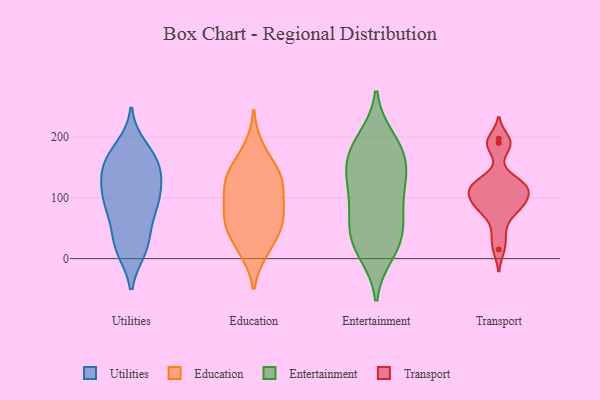
{"axis": {"x": "Churn Rate (%)", "y": "Value"}, "legend": ["Education", "Entertainment", "Transport", "Utilities"], "data": [{"x": "", "y": 165, "type": "Utilities"}, {"x": "", "y": 145, "type": "Utilities"}, {"x": "", "y": 183, "type": "Utilities"}, {"x": "", "y": 15, "type": "Utilities"}, {"x": "", "y": 137, "type": "Utilities"}, {"x": "", "y": 117, "type": "Utilities"}, {"x": "", "y": 145, "type": "Utilities"}, {"x": "", "y": 102, "type": "Utilities"}, {"x": "", "y": 113, "type": "Utilities"}, {"x": "", "y": 76, "type": "Utilities"}, {"x": "", "y": 160, "type": "Utilities"}, {"x": "", "y": 171, "type": "Utilities"}, {"x": "", "y": 33, "type": "Utilities"}, {"x": "", "y": 16, "type": "Utilities"}, {"x": "", "y": 21, "type": "Utilities"}, {"x": "", "y": 85, "type": "Utilities"}, {"x": "", "y": 94, "type": "Utilities"}, {"x": "", "y": 71, "type": "Utilities"}, {"x": "", "y": 140, "type": "Education"}, {"x": "", "y": 55, "type": "Education"}, {"x": "", "y": 116, "type": "Education"}, {"x": "", "y": 14, "type": "Education"}, {"x": "", "y": 17, "type": "Education"}, {"x": "", "y": 68, "type": "Education"}, {"x": "", "y": 122, "type": "Education"}, {"x": "", "y": 146, "type": "Education"}, {"x": "", "y": 80, "type": "Education"}, {"x": "", "y": 51, "type": "Education"}, {"x": "", "y": 136, "type": "Education"}, {"x": "", "y": 100, "type": "Education"}, {"x": "", "y": 181, "type": "Education"}, {"x": "", "y": 60, "type": "Education"}, {"x": "", "y": 177, "type": "Entertainment"}, {"x": "", "y": 196, "type": "Entertainment"}, {"x": "", "y": 102, "type": "Entertainment"}, {"x": "", "y": 27, "type": "Entertainment"}, {"x": "", "y": 162, "type": "Entertainment"}, {"x": "", "y": 10, "type": "Entertainment"}, {"x": "", "y": 63, "type": "Entertainment"}, {"x": "", "y": 188, "type": "Entertainment"}, {"x": "", "y": 23, "type": "Entertainment"}, {"x": "", "y": 145, "type": "Entertainment"}, {"x": "", "y": 39, "type": "Entertainment"}, {"x": "", "y": 65, "type": "Entertainment"}, {"x": "", "y": 127, "type": "Entertainment"}, {"x": "", "y": 103, "type": "Entertainment"}, {"x": "", "y": 149, "type": "Entertainment"}, {"x": "", "y": 121, "type": "Transport"}, {"x": "", "y": 83, "type": "Transport"}, {"x": "", "y": 123, "type": "Transport"}, {"x": "", "y": 92, "type": "Transport"}, {"x": "", "y": 113, "type": "Transport"}, {"x": "", "y": 15, "type": "Transport"}, {"x": "", "y": 110, "type": "Transport"}, {"x": "", "y": 129, "type": "Transport"}, {"x": "", "y": 197, "type": "Transport"}, {"x": "", "y": 182, "type": "Transport"}, {"x": "", "y": 39, "type": "Transport"}, {"x": "", "y": 90, "type": "Transport"}, {"x": "", "y": 69, "type": "Transport"}, {"x": "", "y": 190, "type": "Transport"}, {"x": "", "y": 92, "type": "Transport"}, {"x": "", "y": 116, "type": "Transport"}]}